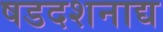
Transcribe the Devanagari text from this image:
षडदशनाद्य